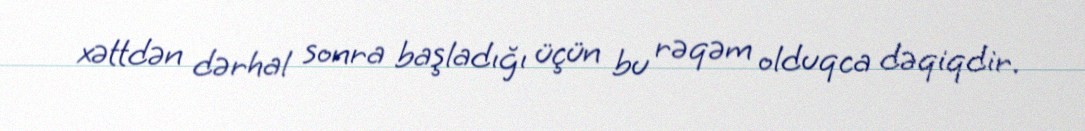
xəttdən dərhal sonra başladığı üçün bu rəqəm olduqca dəqiqdir.